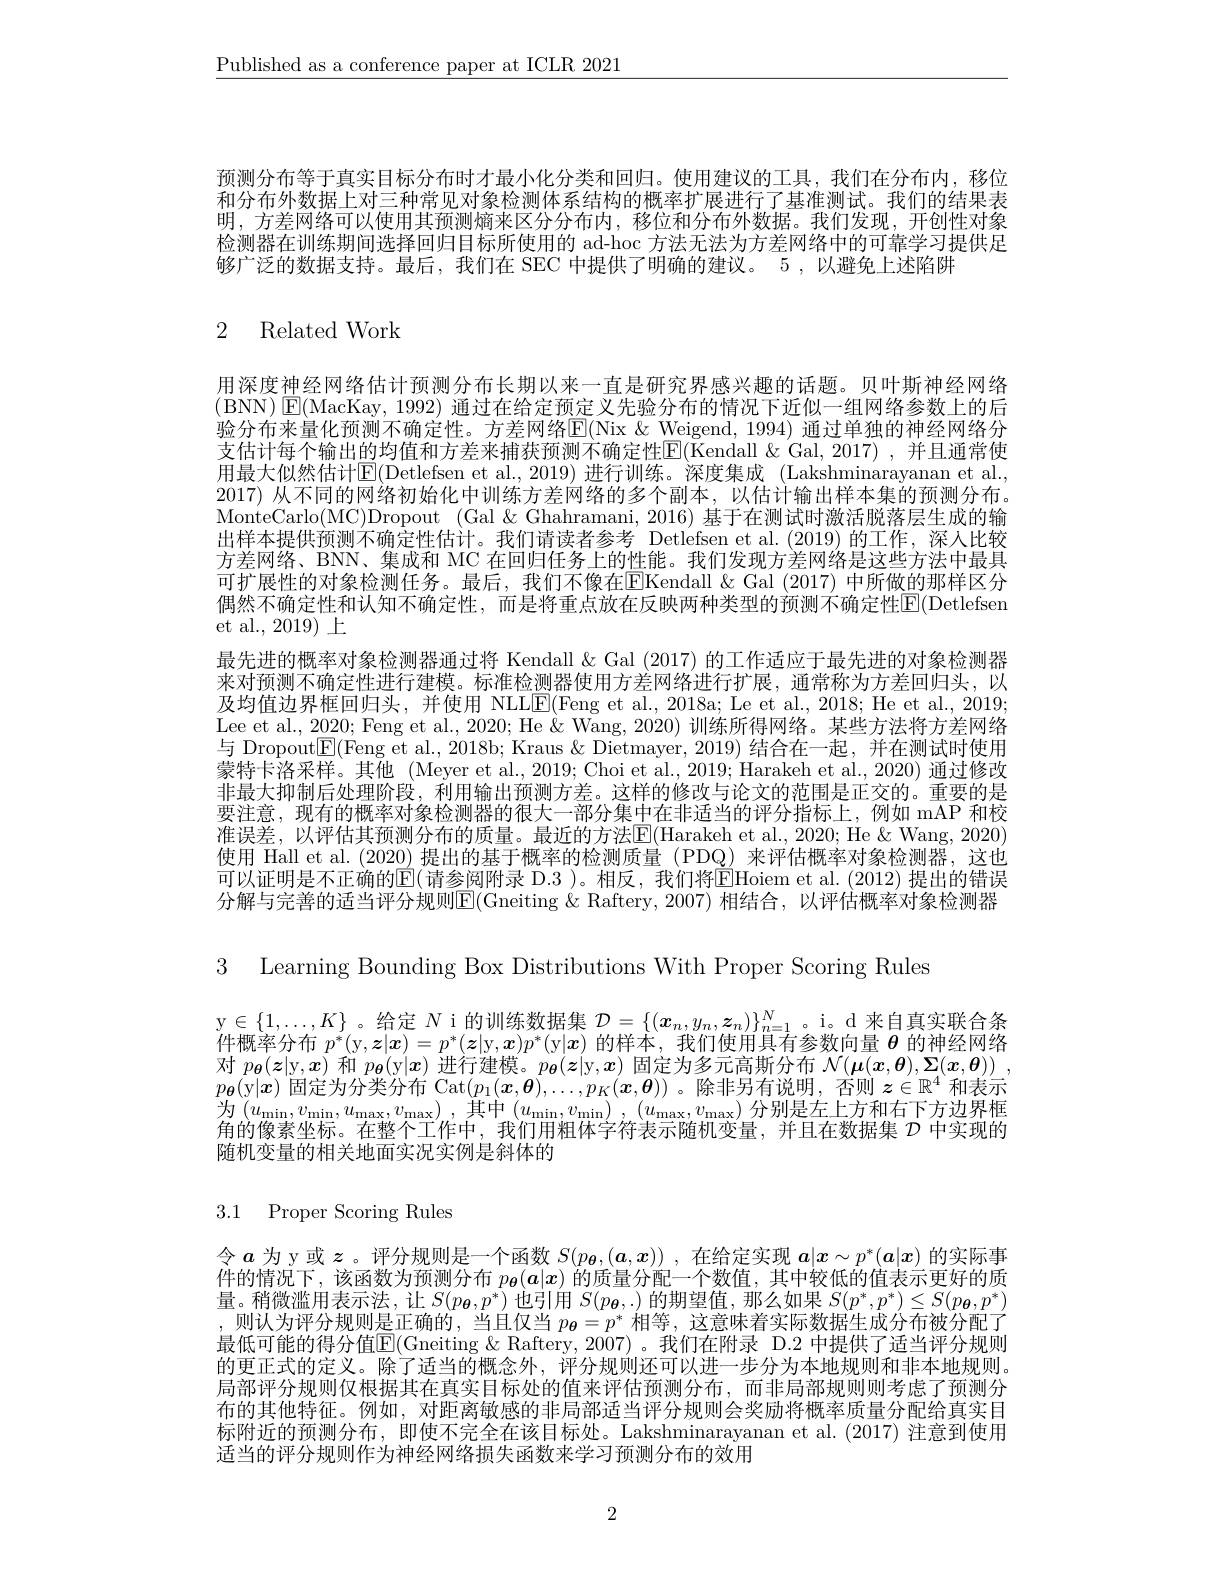
$\underline{\text{Published as a conference paper at ICLR 2021}}$

预测分布等于真实目标分布时才最小化分类和回归。使用建议的工具，我们在分布内，移位和分布外数据上对三种常见对象检测体系结构的概率扩展进行了基准测试。我们的结果表明，方差网络可以使用其预测熵来区分分布内，移位和分布外数据。我们发现，开创性对象检测器在训练期间选择回归目标所使用的 ad-hoc 方法无法为方差网络中的可靠学习提供足够广泛的数据支持。最后，我们在 SEC 中提供了明确的建议。5 ,以避免上述陷阱

# 2 Related Work

用深度神经网络估计预测分布长期以来一直是研究界感兴趣的话题。贝叶斯神经网络(BNN)$\operatorname{E}($MacKay, 1992) 通过在给定预定义先验分布的情况下近似一组网络参数上的后验分布来量化预测不确定性。方差网络E(Nix &Weigend, 1994) 通过单独的神经网络分支估计每个输出的均值和方差来捕获预测不确定性$\boxed{\mathrm{E}}($Kendall &Gal,2017) ,并且通常使用最大似然估计$\operatorname{E}($Detlefsen et al.,2019)进行训练。深度集成(Lakshminarayanan et al. 2017) 从不同的网络初始化中训练方差网络的多个副本，以估计输出样本集的预测分布。MonteCarlo(MC)Dropout (Gal $\&$ Ghahramani, 2016) 基于在测试时激活脱落层生成的输出样本提供预测不确定性估计。我们请读者参考 Detlefsen et al.(2019)的工作，深人比较方差网络、BNN、集成和 MC 在回归任务上的性能。我们发现方差网络是这些方法中最具可扩展性的对象检测任务。最后，我们不像在$\boxed{\mathrm{F}}$Kendall&Gal (2017) 中所做的那样区分偶然不确定性和认知不确定性，而是将重点放在反映两种类型的预测不确定性$\overline{\mathrm{E}}($Detlefsen et al., 2019) 上
最先进的概率对象检测器通过将 Kendall & Gal (2017) 的工作适应于最先进的对象检测器来对预测不确定性进行建模。标准检测器使用方差网络进行扩展，通常称为方差回归头，以及均值边界框回归头，并使用 NLLL$\underline{\mathrm{E}}($Feng et al., 2018a; Le et al., 2018; He et al., 2019; Lee et al., 2020; Feng et al., 2020; He& Wang, 2020) 训练所得网络。某些方法将方差网络与 Dropout$\boxed{\mathrm{E}}($Feng et al., 2018b; Kraus & Dietmayer, 2019) 结合在一起，并在测试时使用蒙特卡洛采样。其他 (Meyer et al., 2019; Choi et al., 2019; Harakeh et al., 2020) 通过修改非最大抑制后处理阶段，利用输出预测方差。这样的修改与论文的范围是正交的。重要的是要注意，现有的概率对象检测器的很大一部分集中在非适当的评分指标上，例如 mAP 和校准误差，以评估其预测分布的质量。最近的方法E(Harakeh et al., 2020; He &Wang, 2020) 使用 Hall et al.(2020) 提出的基于概率的检测质量 (PDQ) 来评估概率对象检测器，这也可以证明是不正确的$\overline{\mathbb{E}}($请参阅附录 D.3 )。相反，我们将$\boxed{\mathbb{E}}$Hoiem et al. (2012) 提出的错误分解与完善的适当评分规则$\overline{\mathrm{E}}($Gneiting &Raftery,2007)相结合，以评估概率对象检测器

3 Learning Bounding Box Distributions With Proper Scoring Rules

$\begin{array}{c}\mathrm{y\in\{1,\ldots,K\}~。给定~N~i~的训练数据集~}\mathcal{D}=\{(\boldsymbol{x}_n,y_n,\boldsymbol{z}_n)\}_{n=1}^N\text{。i。d 来自真实联合条}\\\mathrm{y\in\{1,\ldots,K\}~}_{\text{如物率分析}}\:{\mathrm{A}}_{\text{为一个}}^{*}(\boldsymbol{x}_n,\boldsymbol{x}_n)_{\text{为}}^{*}(\boldsymbol{x}_n,\boldsymbol{x}_n)\}_{n=1}^{N}\text{。}\mathrm{i。d~}\text{来自真实联合条}\end{array}$ 件概率分布$p^*($y$,\boldsymbol z|\boldsymbol{x})=p^*(\boldsymbol{z}|\mathbf{y},\boldsymbol{x})p^*($y$|\boldsymbol{x})$的样本，我们使用具有参数向量$\boldsymbol{\theta}$的神经网络对$p_{\boldsymbol{\theta}}(\boldsymbol{z}|\mathbf{y},\boldsymbol{x})$和$p_{\boldsymbol{\theta}}($y$|\boldsymbol{x})$进行建模。$p_{\boldsymbol{\theta}}(\boldsymbol{z}|\mathbf{y},\boldsymbol{x})$固定为多元高斯分布$\mathcal{N}(\boldsymbol{\mu}(\boldsymbol{x},\boldsymbol{\theta}),\boldsymbol{\Sigma}(\boldsymbol{x},\boldsymbol{\theta}))$ , $p_{\boldsymbol{\theta}}($y$|\boldsymbol{x})$固定为分类分布 Cat$(p_1(\boldsymbol{x},\boldsymbol{\theta}),\ldots,p_K(\boldsymbol{x},\boldsymbol{\theta}))$ 。除非另有说明，否则$z\in\mathbb{R}^4$和表示为$\left(u_{\mathrm{min}},v_{\mathrm{min}},u_{\mathrm{max}},v_{\mathrm{max}}\right)$,其中$\left(u_{\mathrm{min}},v_{\mathrm{min}}\right),\left(u_{\mathrm{max}},v_{\mathrm{max}}\right)$分别是左上方和右下方边界框角的像素坐标。在整个工作中，我们用粗体字符表示随机变量，并且在数据集$\mathcal{D}$中实现的随机变量的相关地面实况实例是斜体的

3.1 Proper Scoring Rules

令$a$为 y 或$z$。评分规则是一个函数$S(p_{\boldsymbol{\theta}},(\boldsymbol{a},\boldsymbol{x}))$ ,在给定实现$a|x\sim p^*(\boldsymbol{a}|x)$的实际事件的情况下，该函数为预测分布$p_{\boldsymbol{\theta}}(a|x)$的质量分配一个数值，其中较低的值表示更好的质量。稍微滥用表示法，让$S(p_{\boldsymbol{\theta}},p^{*})$也引用$S(p_{\boldsymbol{\theta}},.)$的期望值，那么如果$S(p^*,p^*)\leq S(p_{\boldsymbol{\theta}},p^*)$ ,则认为评分规则是正确的，当且仅当$p_{\boldsymbol{\theta}}=p^*$相等，这意味着实际数据生成分布被分配了最低可能的得分值E$( Gneiting \& Raftery, 2007)$。我们在附录 D.2 中提供了适当评分规则的更正式的定义。除了适当的概念外，评分规则还可以进一步分为本地规则和非本地规则。局部评分规则仅根据其在真实目标处的值来评估预测分布，而非局部规则则考虑了预测分布的其他特征。例如，对距离敏感的非局部适当评分规则会奖励将概率质量分配给真实目标附近的预测分布，即使不完全在该目标处。Lakshminarayanan et al.(2017) 注意到使用适当的评分规则作为神经网络损失函数来学习预测分布的效用

2